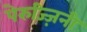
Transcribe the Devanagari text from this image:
पेरुज्ज़िनी